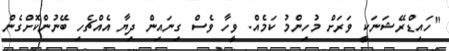
"ހައިޑްރޭޝަނަކީ ވަރަށް މުހިންމު ކަމެއް. ވީހާ ވެސް ގިނައިން ދިޔާ އެއްޗެހި ބޭނުންކޮށްގެން